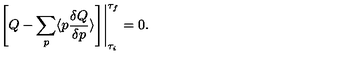
\left. \left[ Q - \sum _ { p } \langle p { \frac { \delta Q } { \delta p } } \rangle \right] \right| _ { { \tau _ { i } } } ^ { \tau _ { f } } = 0 .